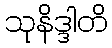
သုနိဒ္ဒါတိ